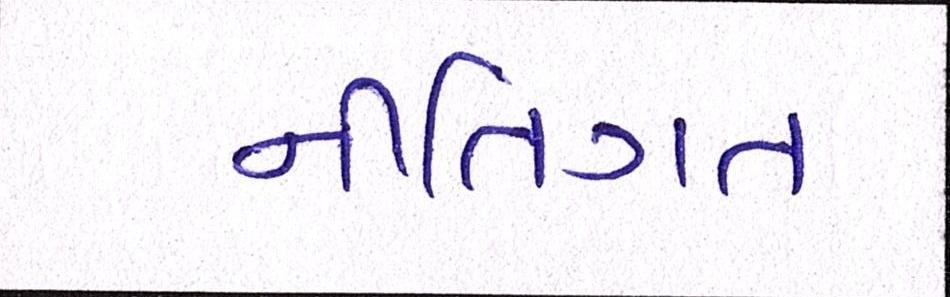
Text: નીતિગત